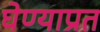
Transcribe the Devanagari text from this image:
घेण्याप्रत